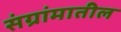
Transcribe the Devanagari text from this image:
संग्रांमातील